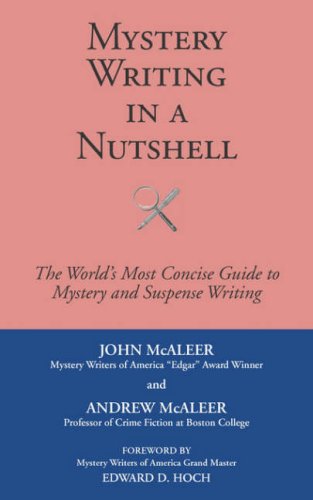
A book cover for Mystery Writing in a Nutshell; John McAleer; Mystery, Thriller & Suspense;